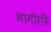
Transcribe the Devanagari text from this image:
भागीरथि